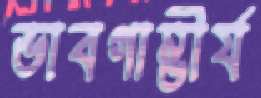
ভাবগাম্ভীর্য